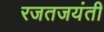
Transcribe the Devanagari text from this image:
रजतजयंती